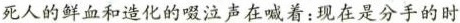
死人的鲜血和造化的啜泣声在喊着：现在是分手的时